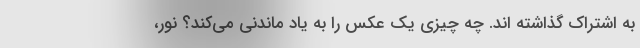
به اشتراک گذاشته اند. چه چیزی یک عکس را به یاد ماندنی می‌کند؟ نور،